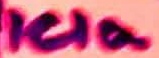
Text: ICIa